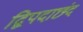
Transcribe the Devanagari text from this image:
द्विपदाछंद